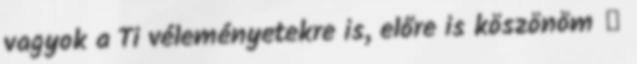
vagyok a Ti véleményetekre is, előre is köszönöm ←